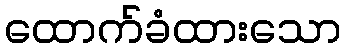
ထောက်ခံထားသော